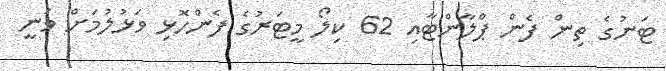
ޓަނުގެ ތިން ފެން ޕްލާންޓާއި 62 ކިލޯ މީޓަރުގެ ފެންހޮޅި ވަޅުލުމަށް ވަނީ